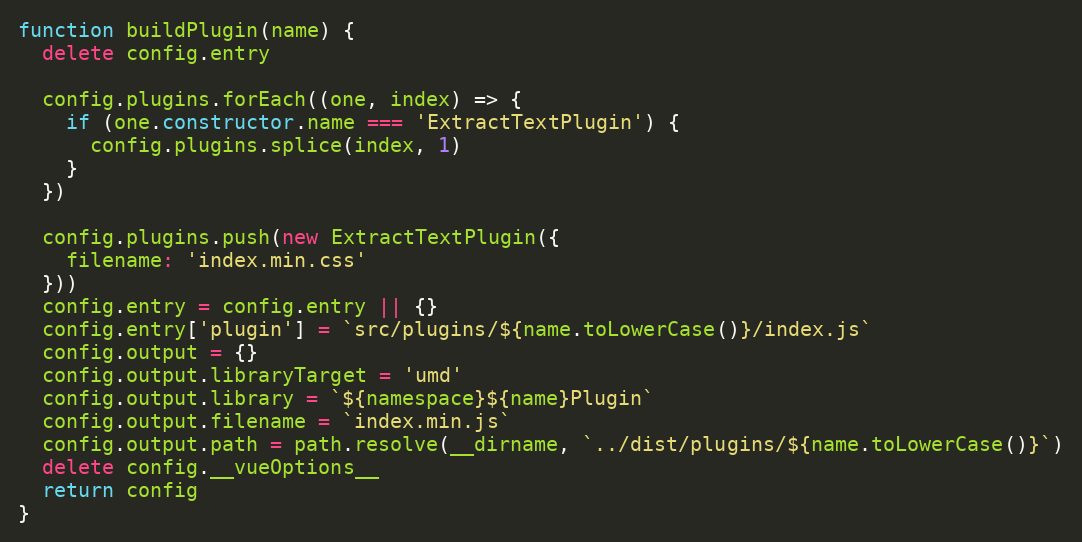
Language: JavaScript
function buildPlugin(name) {
  delete config.entry

  config.plugins.forEach((one, index) => {
    if (one.constructor.name === 'ExtractTextPlugin') {
      config.plugins.splice(index, 1)
    }
  })

  config.plugins.push(new ExtractTextPlugin({
    filename: 'index.min.css'
  }))
  config.entry = config.entry || {}
  config.entry['plugin'] = `src/plugins/${name.toLowerCase()}/index.js`
  config.output = {}
  config.output.libraryTarget = 'umd'
  config.output.library = `${namespace}${name}Plugin`
  config.output.filename = `index.min.js`
  config.output.path = path.resolve(__dirname, `../dist/plugins/${name.toLowerCase()}`)
  delete config.__vueOptions__
  return config
}